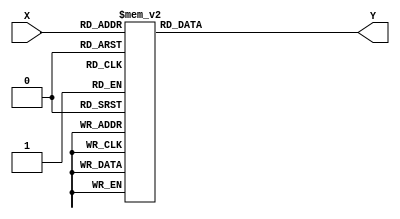
module decoder_3_8(
    X,
    Y
);

    input [2:0] X;
    output reg [7:0] Y;

    always@(*)begin
        case(X)
            3'd0: Y = 8'b0000_0001;
            3'd1: Y = 8'b0000_0010;
            3'd2: Y = 8'b0000_0100;
            3'd3: Y = 8'b0000_1000;
            3'd4: Y = 8'b0001_0000;
            3'd5: Y = 8'b0010_0000;
            3'd6: Y = 8'b0100_0000;
            3'd7: Y = 8'b1000_0000;
         default: Y = 8'b0000_0000;
        endcase
    end
    
//    always@(*)begin
//        case({a,b,c})
//            3'd0: out = 8'b0000_0001;
//            3'd1: out = 8'b0000_0010;
//            3'd2: out = 8'b0000_0100;
//            3'd3: out = 8'b0000_1000;
//            3'd4: out = 8'b0001_0000;
//            3'd5: out = 8'b0010_0000;
//            3'd6: out = 8'b0100_0000;
//            3'd7: out = 8'b1000_0000;
//        endcase
//    end
endmodule